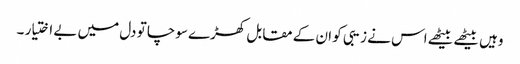
وہیں بیٹھے بیٹھے اس نے زیبی کو ان کے مقابل کھڑے سوچا تو دل میں بے اختیار ۔